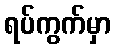
ရပ်ကွက်မှာ